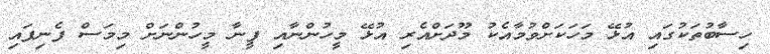
ހިސާބުތަކުގައި އުޅޭ މަހަކަށްވުމާއެކު މޫދަށްއެރި އުޅޭ މީހުންނާއި ފީނާ މީހުންނަށް މިމަސް ފެނިފައި